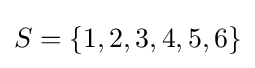
S=\{1,2,3,4,5,6\}